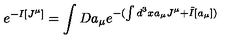
e ^ { - I [ J ^ { \mu } ] } = \int D a _ { \mu } e ^ { - ( \int d ^ { 3 } x a _ { \mu } J ^ { \mu } + \tilde { I } [ a _ { \mu } ] ) }